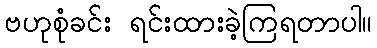
ဗဟုစုံခင်း ရင်းထားခဲ့ကြရတာပါ။